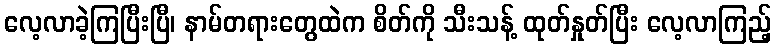
လေ့လာခဲ့ကြပြီးပြီ၊ နာမ်တရားတွေထဲက စိတ်ကို သီးသန့် ထုတ်နှုတ်ပြီး လေ့လာကြည့်